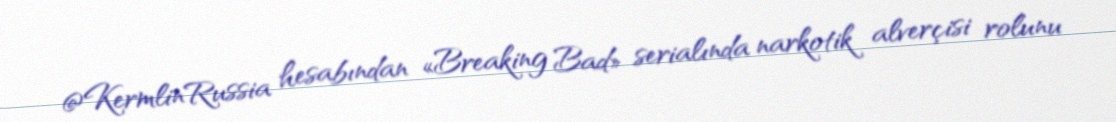
@KermlinRussia hesabından «Breaking Bad» serialında narkotik alverçisi rolunu